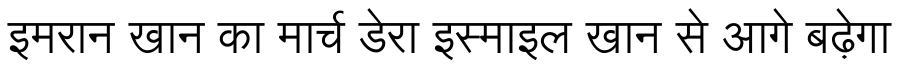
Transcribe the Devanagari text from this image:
इमरान खान का मार्च डेरा इस्माइल खान से आगे बढ़ेगा